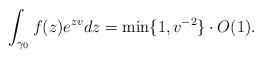
LaTeX: \begin{align*} \int_{\gamma_0}f(z)e^{zv}dz = \min\{1,v^{-2}\}\cdot O(1). \end{align*}